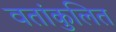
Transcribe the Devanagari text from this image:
वतांकुलित